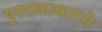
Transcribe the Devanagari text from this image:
पुस्तकाकारमे